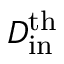
D _ { \mathrm { i n } } ^ { \mathrm { t h } }